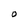
Character: O